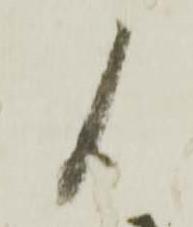
候